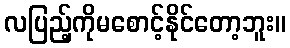
လပြည့်ကိုမစောင့်နိုင်တော့ဘူး။